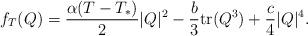
LaTeX: \begin{align*}f_T(Q)=\frac{\alpha(T-T_*)}{2} |Q|^2 - \frac b3 \mathrm{tr}(Q^3) + \frac c4 |Q|^4.\end{align*}